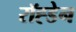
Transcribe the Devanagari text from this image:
रॉह्डेन